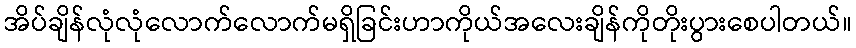
အိပ်ချိန်လုံလုံလောက်လောက်မရှိခြင်းဟာကိုယ်အလေးချိန်ကိုတိုးပွားစေပါတယ်။